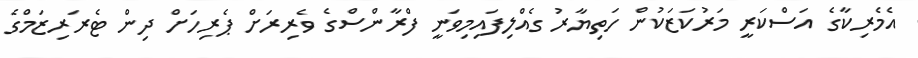
އެމެރިކާގެ އަސްކަރީ މަރުކަޒަކުން ހަތިޔާރު ގެއްލިފައިމިވަނީ ފްރާންސްގެ ވެރިރަށް ޕެރިހަށް ދިން ޓެރަރިޒަމްގެ